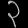
Digit: ၃